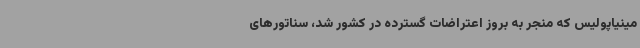
مینیاپولیس که منجر به بروز اعتراضات گسترده در کشور شد، سناتورهای